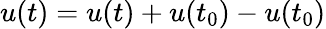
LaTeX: u(t)=u(t)+u(t_{0})-u(t_{0})